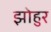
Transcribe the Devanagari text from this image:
झोहुर